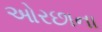
ઓરછાના